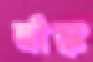
র‍্যাঙ্ক